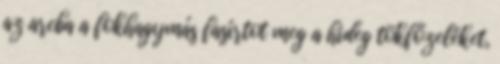
az arcba a fokhagymás fasírtot meg a hideg tökfőzeléket,